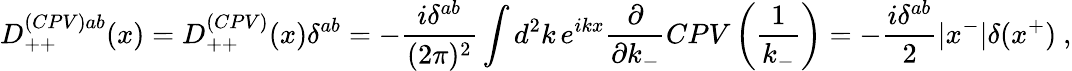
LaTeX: D_{++}^{(CPV)ab}(x)=D_{++}^{(CPV)}(x)\delta^{ab}=-{\frac{i\delta^{ab}}{(2\pi)^{2}}}\int d^{2}k\, e^{ikx}{\frac{\partial}{\partial k_{-}}}CPV\left({\frac{1}{k_{-}}}\right)=-{\frac{i\delta^{ab}}{2}}|x^{-}|\delta(x^{+})\ ,